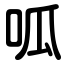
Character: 呱